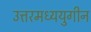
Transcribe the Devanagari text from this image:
उत्तरमध्ययुगीन